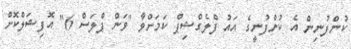
ކުންފުނިން އެ ކުންފުނީގެ އައު ފްލެގްޝިޕް ކަމަށްވާ "ވަން ޕްލަސް 6" އޮފިޝަލްކޮށް